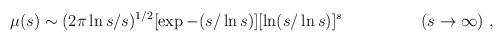
LaTeX: \begin{align*}\mu (s)\sim (2\pi\ln s/s)^{1/2} [\exp -(s/\ln s)] [\ln (s/\ln s)]^s \hspace{2cm} (s\rightarrow\infty)\ ,\end{align*}